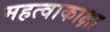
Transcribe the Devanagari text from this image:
महत्वाकाक्षा